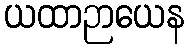
ယထာဉာယေန